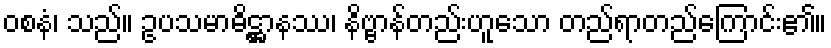
ဝစနံ၊ သည်။ ဥပသမာဓိဋ္ဌာနဿ၊ နိဗ္ဗာန်တည်းဟူသော တည်ရာတည်ကြောင်း၏။